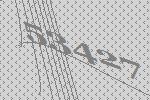
53427